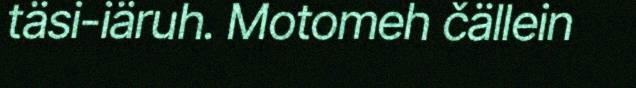
täsi-iäruh. Motomeh čällein